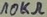
Text: 10KΩ